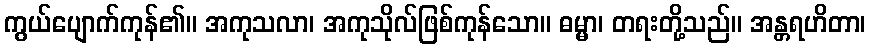
ကွယ်ပျောက်ကုန်၏။ အကုသလာ၊ အကုသိုလ်ဖြစ်ကုန်သော။ ဓမ္မာ၊ တရးတို့သည်။ အန္တရဟိတာ၊